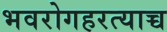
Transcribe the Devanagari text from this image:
भवरोगहरत्याच्च